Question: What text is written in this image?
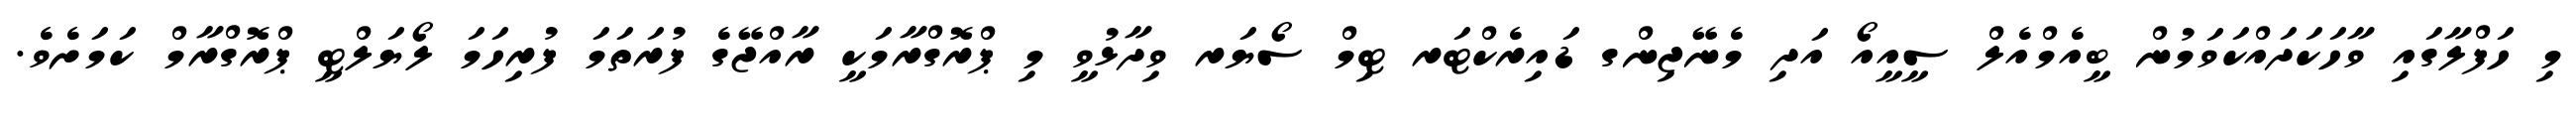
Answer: މި ހަފްލާގައި ވާހަކަދައްކަވަމުން ބީއެމްއެލް ސީއީއޯ އަދި މެނޭޖިންގ ޑައިރެކްޓަރ ޓިމް ސޯޔަރ ވިދާޅުވީ މި ޕްރޮގްރާމަކީ ރާއްޖޭގެ ފުރަތަމަ ފުރިހަމަ ލޯޔަލްޓީ ޕްރޮގްރާމް ކަމަށެވެ.